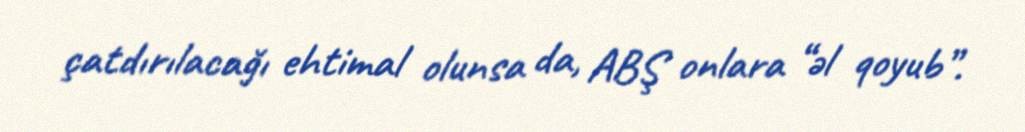
çatdırılacağı ehtimal olunsa da, ABŞ onlara “əl qoyub”.